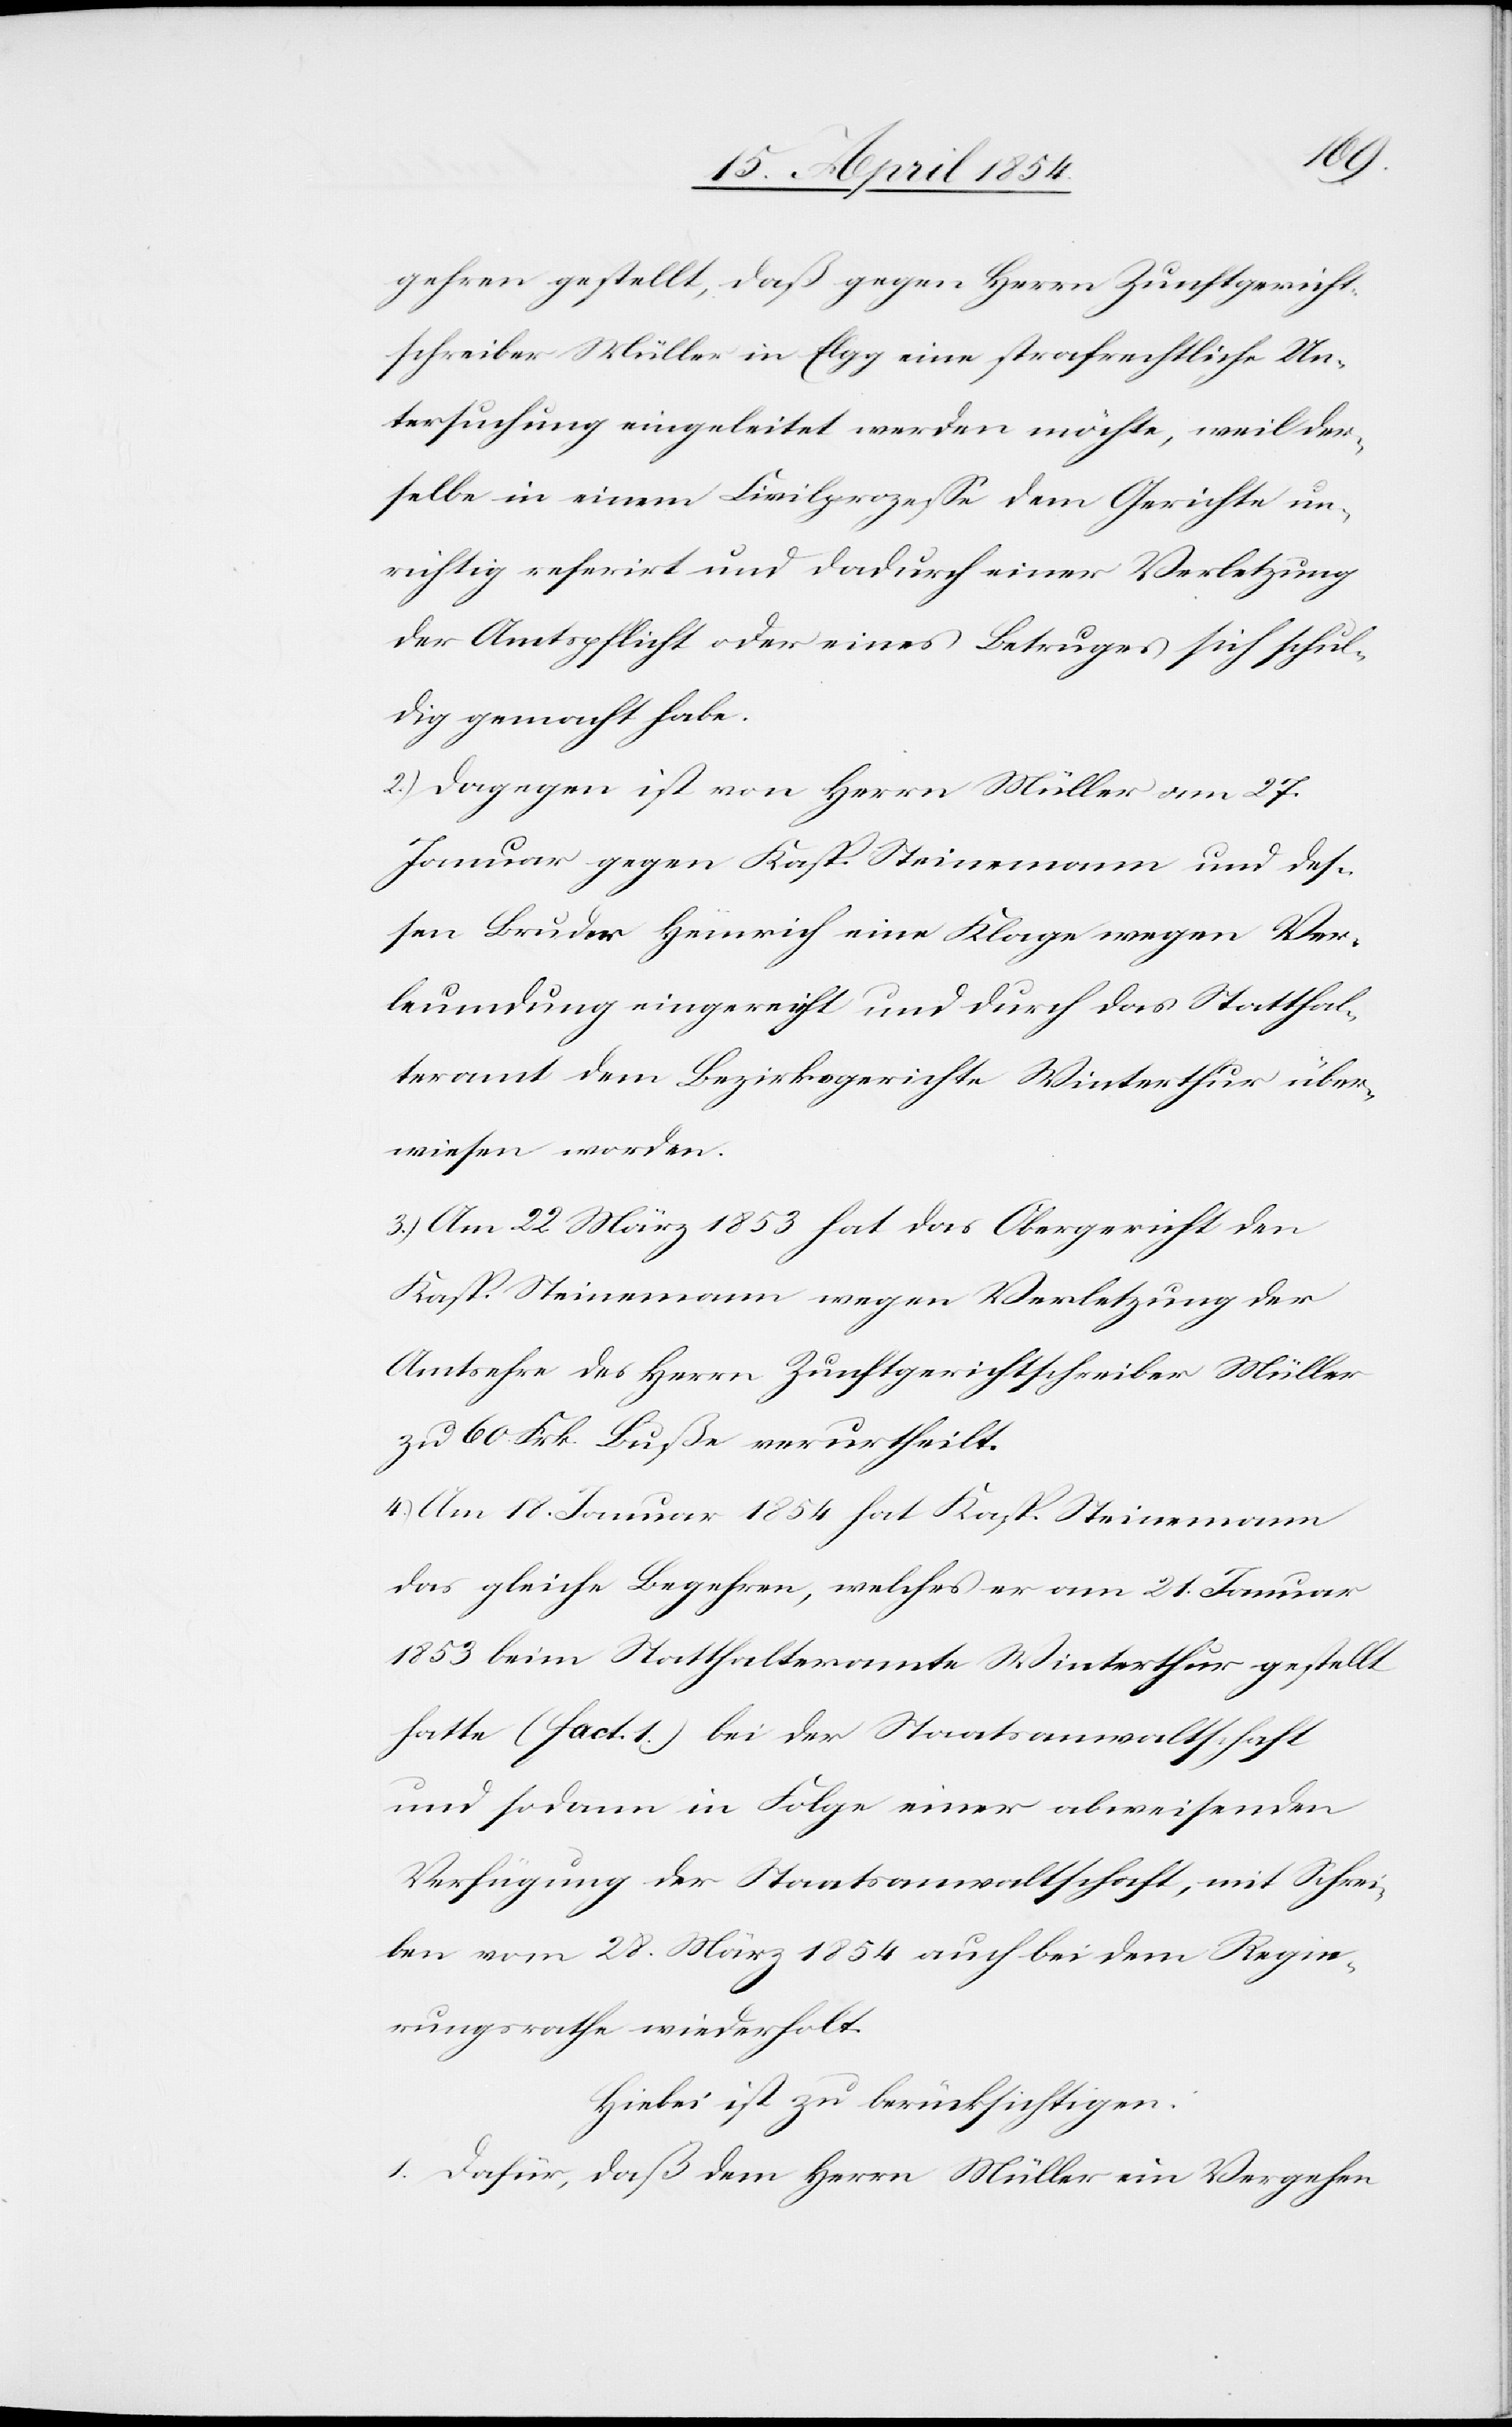
gehren gestellt, daß gegen Herrn Zunftgericht¬
schreiber Müller in Elgg eine strafrechtliche Un¬
tersuchung eingeleitet werden möchte, weil der¬
selbe in einem Civilprozeße dem Gericht un¬
richtig referirt und dadurch einer Verletzung
der Amtspflicht oder eines Betruges sich schul¬
dig gemacht habe.
2.) Dagegen ist von Herrn Müller am 27.
Januar gegen Kasp. Steinemann und des¬
sen Bruder Heinrich eine Klage wegen Ver¬
leumdung eingereicht und durch das Statthal¬
teramt dem Bezirksgerichte Winterthur über¬
wiesen worden.
3.) Am 22 März 1853 hat das Obergericht den
Kasp. Steinemann wegen Verletzung der
Amtsehre des Herrn Zunftgerichtschreiber Müller
zu 60 Frk. Busse verurtheilt.
4.) Am 18. Januar 1854 hat Kasp. Steinemann
das gleiche Begehren, welches er am 21. Januar
1853 beim Statthalteramte Winterthur gestellt
hatte (fact. 1.) bei der Staatsanwaltschaft
und sodann in Folge einer abweisenden
Verfügung der Staatsanwaltschaft, mit Schrei¬
ben vom 28. März 1854 auch bei dem Regie¬
rungsrathe wiederholt.
Hiebei ist zu berücksichtigen:
1.) Dafür, daß dem Herrn Müller ein Vergehen